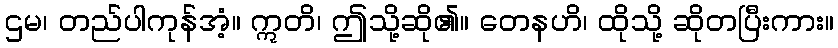
ဌမ၊ တည်ပါကုန်အံ့။ ဣတိ၊ ဤသို့ဆို၏။ တေနဟိ၊ ထိုသို့ ဆိုတပြီးကား။